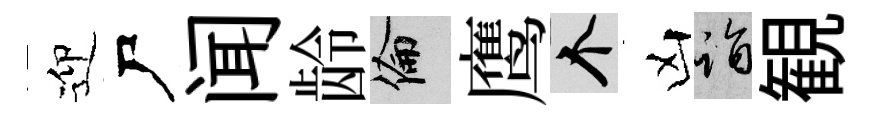
迎尸闻龄倫鹰个凶诣観